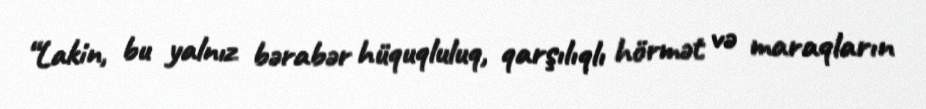
“Lakin, bu yalnız bərabər hüquqluluq, qarşılıqlı hörmət və maraqların